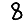
Digit: 8